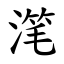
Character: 滗